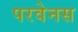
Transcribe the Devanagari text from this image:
परवेनस